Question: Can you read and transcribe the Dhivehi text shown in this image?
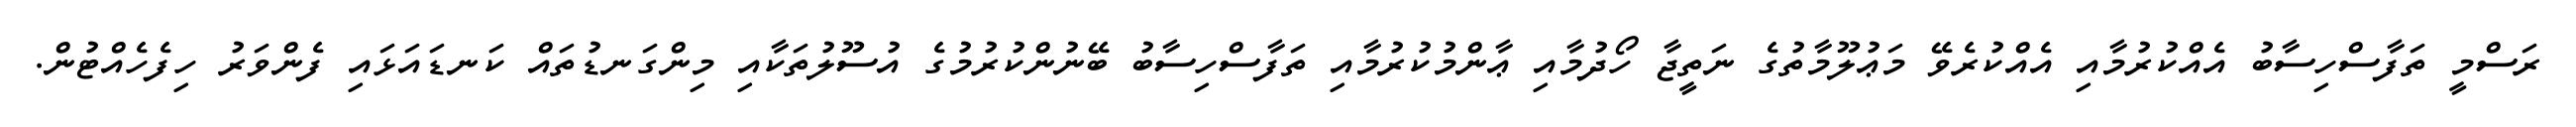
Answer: ރަސްމީ ތަފާސްހިސާބު އެއްކުރުމާއި އެއްކުރެވޭ މަޢުލޫމާތުގެ ނަތީޖާ ހޯދުމާއި ޢާންމުކުރުމާއި ތަފާސްހިސާބު ބޭނުންކުރުމުގެ އުސޫލުތަކާއި މިންގަނޑުތައް ކަނޑައަޅައި ފެންވަރު ހިފެހެއްޓުން.